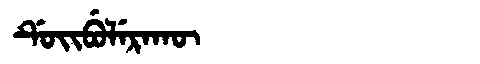
Manchu: ᡩᡠᡳᠪᡠᠯᡝᡵᠠᡴᡡ
Romanization: DUIBULERAKŪ